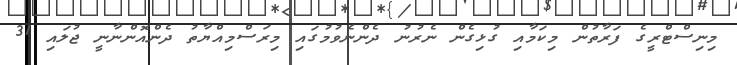
މިނިސްޓްރީގެ ފަރާތުން މިކަމާއި ގުޅިގެން ނެރުނު ދެންނެވުމުގައި މިރަސްމިއްޔާތު ދެންއޮންނާނީ ޖުލައި 31